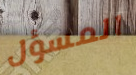
المسؤل